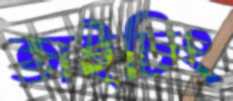
তাইচিং